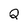
Character: Q